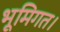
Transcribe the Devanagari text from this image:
भूमिगत।